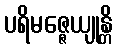
ပရိမဇ္ဇေယျုန္တိ